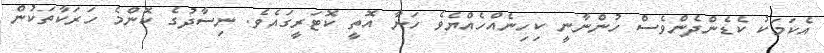
އެކަމަކު ކެޑެންދެންވެސް ހުންނާނީ ކިހިނެއްހެއްޔެވެ ހަނާ އޮތީ ކޮޓަރީގައެވެ. ނިސާދުގެ ކޮންމެ ހަރަކާތަކުން